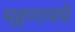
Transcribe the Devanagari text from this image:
म्‍हणायचे